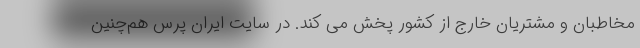
مخاطبان و مشتریان خارج از کشور پخش می کند. در سایت ایران پرس هم‌چنین